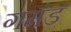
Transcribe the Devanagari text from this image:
गमंड